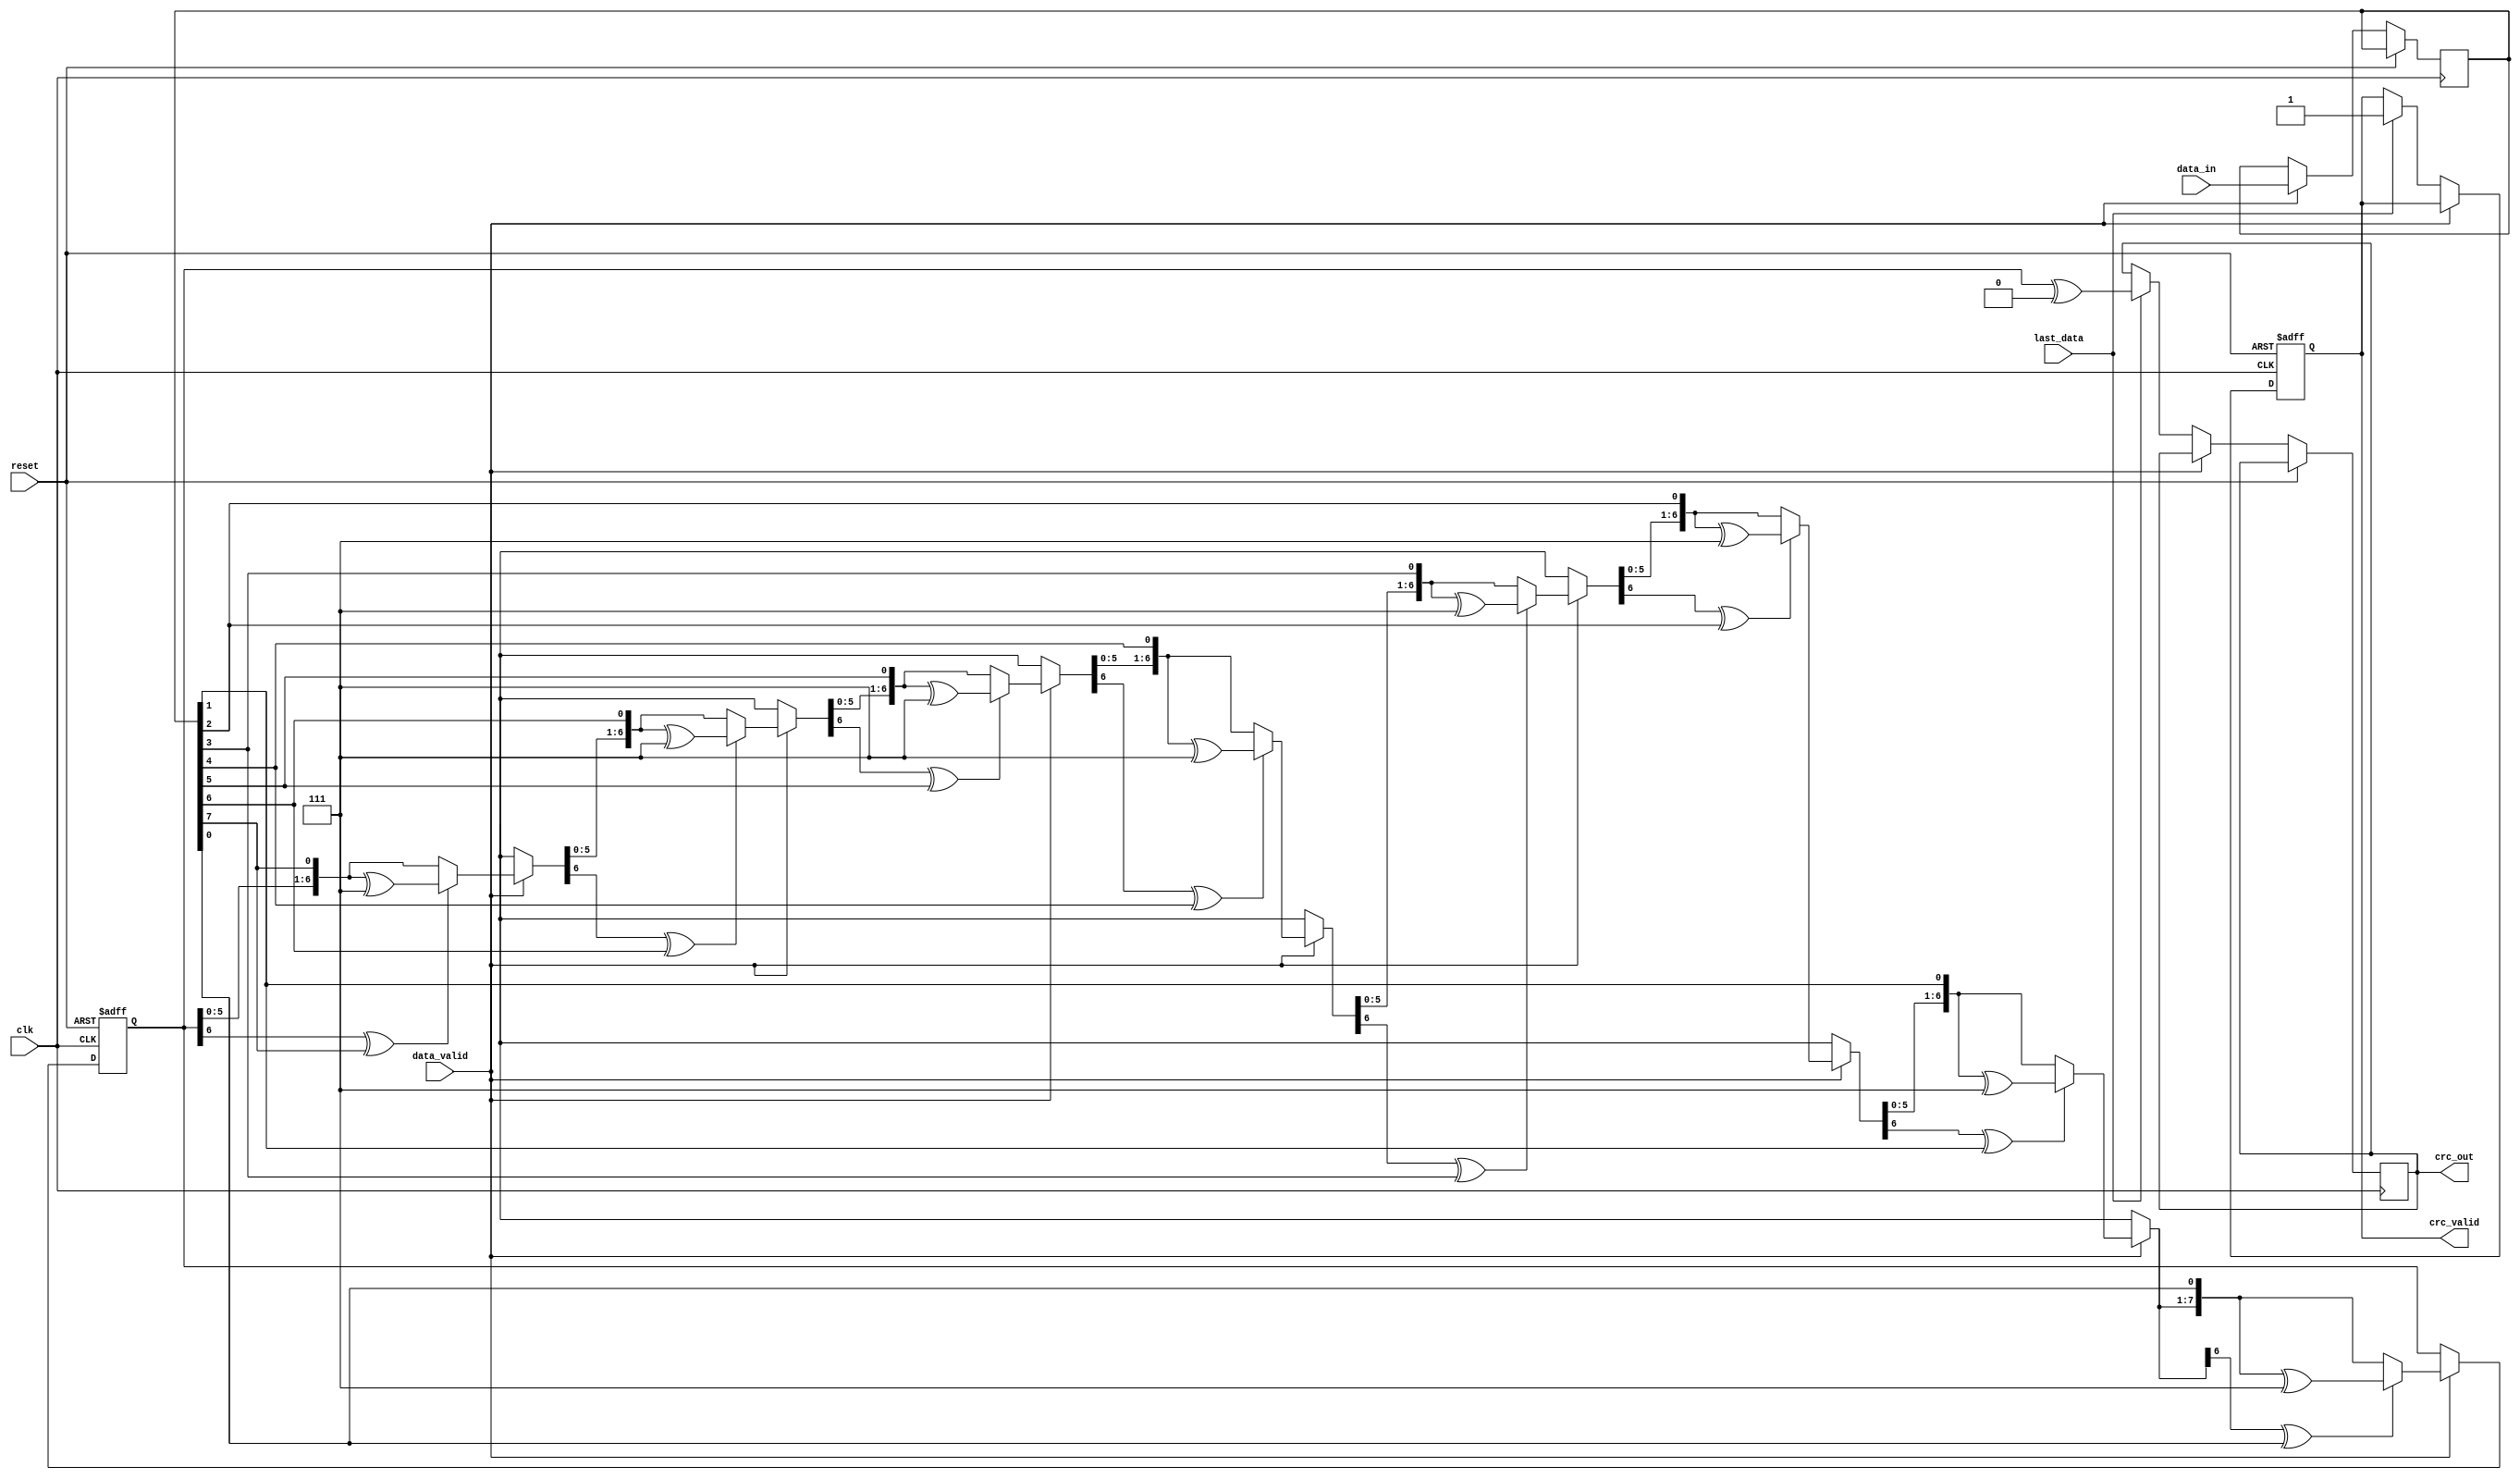
module parameterized_crc #(
    parameter CRC_WIDTH = 8,
    parameter POLY = 8'h07, // Example polynomial (x^8 + x^2 + x + 1)
    parameter INIT_VALUE = 8'h00,
    parameter REFLECT_INPUT = 1'b0,
    parameter REFLECT_OUTPUT = 1'b0,
    parameter FINAL_XOR_VALUE = 8'h00
)(
    input wire clk,
    input wire reset,
    input wire [7:0] data_in, // Assuming 8-bit input data
    input wire data_valid,
    input wire last_data,
    output reg [CRC_WIDTH-1:0] crc_out,
    output reg crc_valid
);

    reg [CRC_WIDTH-1:0] crc_reg;
    reg [7:0] data_shift;
    integer bit_counter;

    // Function to reflect bits
    function [7:0] reflect;
        input [7:0] data;
        integer i;
        begin
            for (i = 0; i < 8; i = i + 1) begin
                reflect[i] = data[7 - i];
            end
        end
    endfunction

    // CRC computation process
    always @(posedge clk or posedge reset) begin
        if (reset) begin
            crc_reg <= INIT_VALUE;
            crc_valid <= 1'b0;
            bit_counter <= 0;
        end else if (data_valid) begin
            // Reflect input if needed
            data_shift <= REFLECT_INPUT ? reflect(data_in) : data_in;

            // Process each bit of the input data
            for (bit_counter = 0; bit_counter < 8; bit_counter = bit_counter + 1) begin
                // Shift CRC register
                crc_reg = {crc_reg[CRC_WIDTH-2:0], data_shift[7 - bit_counter]};

                // CRC update based on polynomial
                if (crc_reg[CRC_WIDTH-1] ^ data_shift[7 - bit_counter]) begin
                    crc_reg = crc_reg ^ POLY;
                end
            end
        end else if (last_data) begin
            // Finalize CRC output
            crc_out <= REFLECT_OUTPUT ? reflect(crc_reg) ^ FINAL_XOR_VALUE : crc_reg ^ FINAL_XOR_VALUE;
            crc_valid <= 1'b1;
        end
    end

endmodule